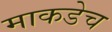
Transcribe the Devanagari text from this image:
माकडेच